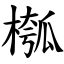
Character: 槬